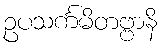
ဥပသင်္ကမိတဗ္ဗာနိ